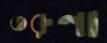
তরুণা